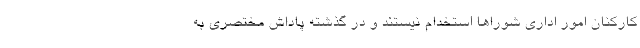
کارکنان امور اداری شوراها استخدام نیستند و در گذشته پاداش مختصری به